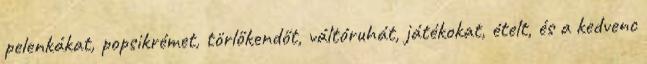
pelenkákat, popsikrémet, törlőkendőt, váltóruhát, játékokat, ételt, és a kedvenc